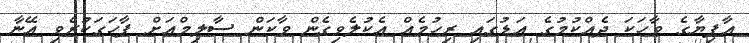
އާފިޔާގެ ވާހަކަ ދެއްކުމުގެ އަޑުގައި ރިހުމެއް އެކުލެވިގެން ވާކަން ސާލިމްއަށް ފާހަގަކުރެވި އޭނާ